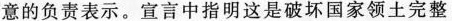
意的负责表示。宣言中指明这是破坏国家领土完整